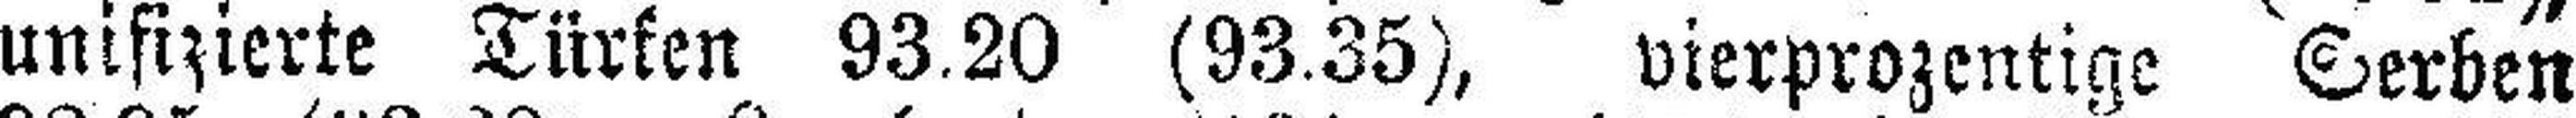
unifizierte Türken 93.20 (93.35), vierprozentige Serben